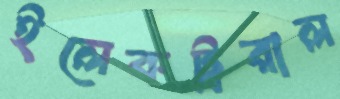
ইলেকট্ররাল